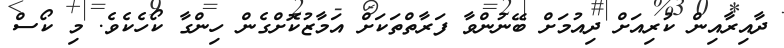
ދާއިރާއިން ކުރިއަށް ދިއުމަށް ބޭނުންވާ ފަރާތްތަކަށް އަމާޒުކޮށްގެން ހިންގާ ކޯހެކެވެ. މި ކޯސް